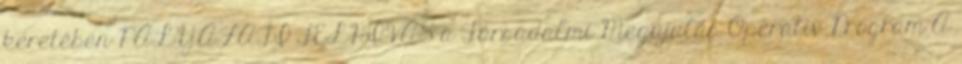
keretében PÁLYÁZATI FELHÍVÁS a Társadalmi Megújulás Operatív Program A